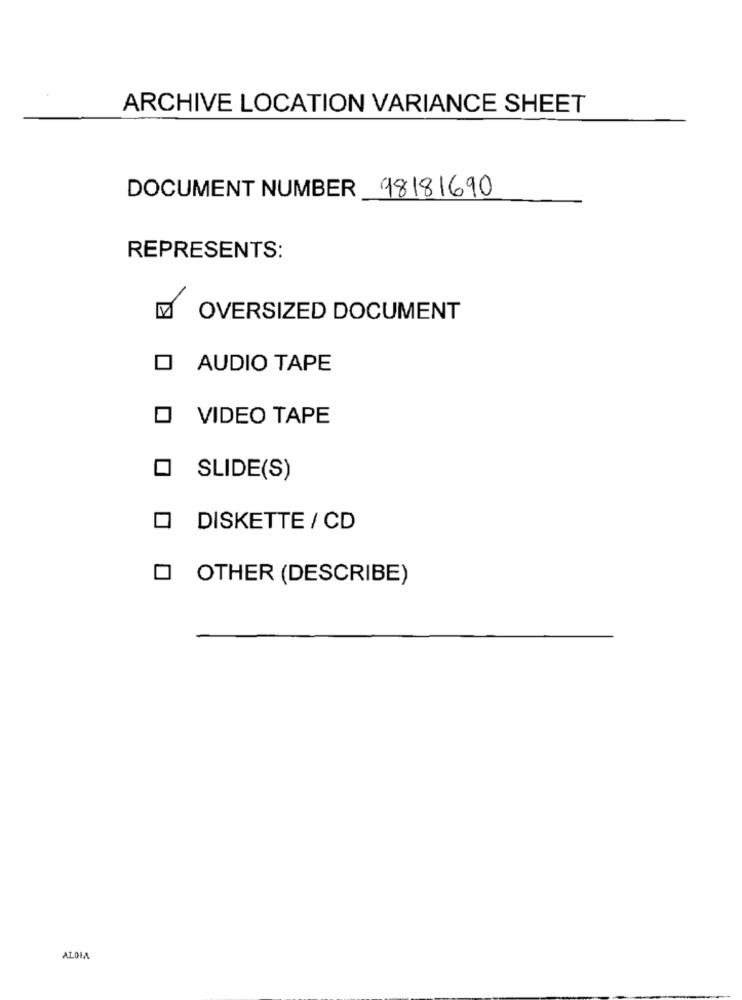
ARCHIVE LOCATION VARIANCE SHEET
DOCUMENT NUMBER
98181690
REPRESENTS:
OVERSIZED DOCUMENT
O AUDIO TAPE
O VIDEO TAPE
SLIDE(S)
DISKETTE / CD
O OTHER (DESCRIBE)
ALOIA